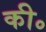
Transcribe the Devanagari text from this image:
की॰